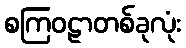
စကြဝဠာတစ်ခုလုံး